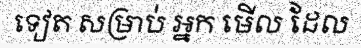
ទៀត សម្រាប់ អ្នក មើល ដែល